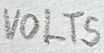
Text: VOLTS